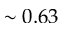
\sim 0 . 6 3